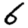
Digit: 6